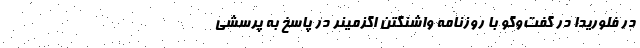
در فلوریدا در گفت‌و‌گو با روزنامه واشنگتن اگزمینر در پاسخ به پرسشی